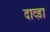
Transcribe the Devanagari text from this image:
दाव्ड़ा